Vaccination in Bombay 1856-1862 - 1856-1862
Year: 1856
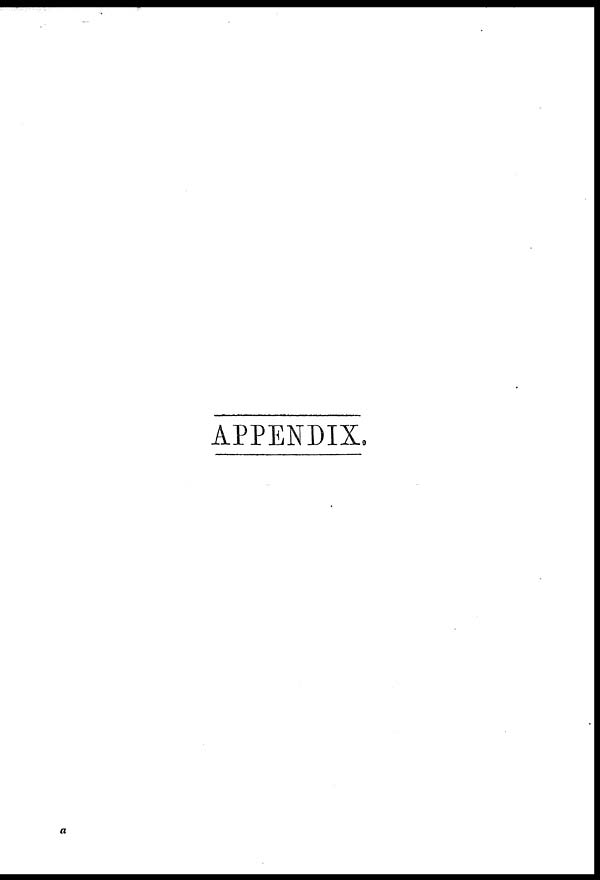
APPENDIX.
a